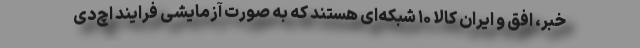
خبر، افق و ایران کالا ۱۰ شبکه‌ای هستند که به صورت آزمایشی فرایند اچ‌دی